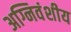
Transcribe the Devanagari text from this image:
अग्निवंशीय